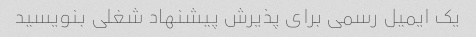
یک ایمیل رسمی برای پذیرش پیشنهاد شغلی بنویسید